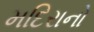
મદિરાનો